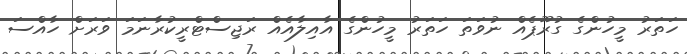
ހަތަރު މީހުންގެ ގުރޫޕެއް ނުވަތަ ހަތަރު މީހުންގެ އާއިލާއެއް ރަޖިސްޓްރީކުރާނަމަ ވަރަށް ހާއްސަ